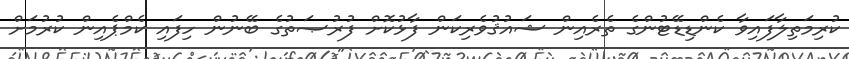
ކުރިމަތިލާފައިވާ ކެންޑިޑޭޓުންގެ ތެރެއިން ޝައުޤުވެރިކަން ފާޅުކޮށް ފުރުޞަތުގެ ބޭނުން ހިފައި ކެމްޕެއިން ކުރުމަށް